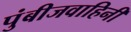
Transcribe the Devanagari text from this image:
पुंबीजवाहिनी